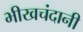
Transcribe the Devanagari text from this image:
भीखचंदानी